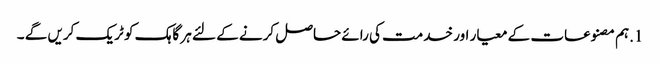
1.ہم مصنوعات کے معیار اور خدمت کی رائے حاصل کرنے کے لئے ہر گاہک کو ٹریک کریں گے ۔